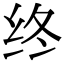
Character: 终